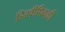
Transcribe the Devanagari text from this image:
हिरवीपिवळी